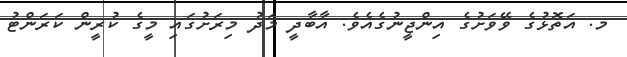
މ. އަތޮޅުގެ ވޭވަށުގެ އިންޖީނުގެއެވެ. އާބާދީ މަދު މިރަށުގައި މީގެ ކުރީން ކަރަންޓު